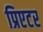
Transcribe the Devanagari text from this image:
प्रिएटर